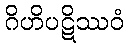
ဂိဟိပဋိဿဝံ